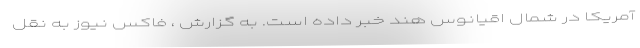
آمریکا در شمال اقیانوس هند خبر داده است. به گزارش ، فاکس نیوز به نقل